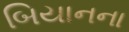
બિયાનના